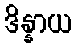
ဒိန္နာယ